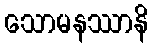
သောမနဿာနိ